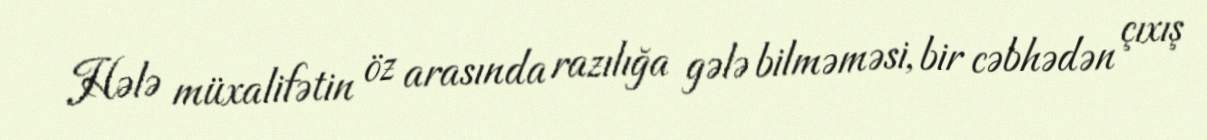
Hələ müxalifətin öz arasında razılığa gələ bilməməsi, bir cəbhədən çıxış